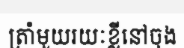
ត្រាំមួយរយៈខ្លីនៅចុង